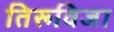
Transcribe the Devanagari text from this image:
तिरूविजा